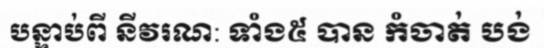
បន្ទាប់ពី នីវរណ: ទាំង៥ បាន កំចាត់ បង់